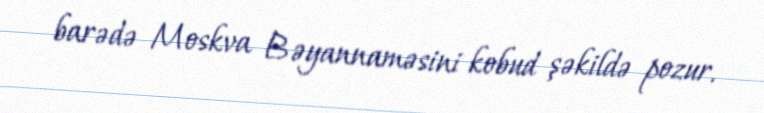
barədə Moskva Bəyannaməsini kobud şəkildə pozur.